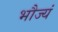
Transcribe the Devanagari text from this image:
भौज्यं